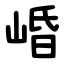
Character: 崏